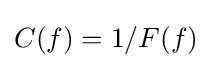
C(f)=1/F(f)